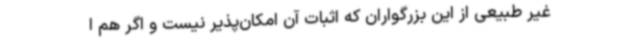
غیر طبیعی از این بزرگواران که اثبات آن امکان‌پذیر نیست و اگر هم ا